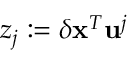
z _ { j } : = \delta \mathbf { x } ^ { T } \mathbf { u } ^ { j }